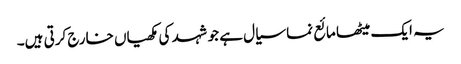
یہ ایک میٹھا مائع نما سیال ہے جو شہد کی مکھیاں خارج کرتی ہیں۔